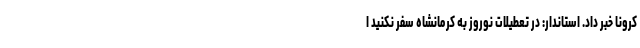
کرونا خبر داد. استاندار: در تعطیلات نوروز به کرمانشاه سفر نکنید ا